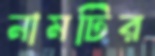
নামটির